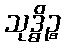
သုဒ္ဓိဉ္စ